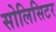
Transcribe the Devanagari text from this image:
सोलिसिटर